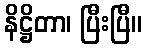
နိဋ္ဌိတာ၊ ပြီးပြီ။